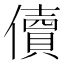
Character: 儥